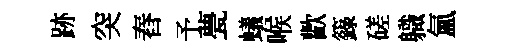
跡突舂予甍蟻喉歡籙磋軄氳